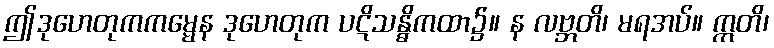
ဤဒုဟေတုကကမ္မေန ဒုဟေတုက ပဋိသန္ဓိကထာ၌။ န လဗ္ဘတိ၊ မရအပ်။ ဣတိ၊